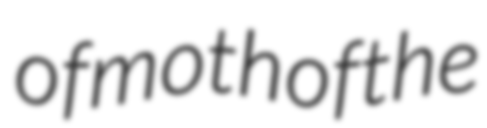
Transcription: of moth of the